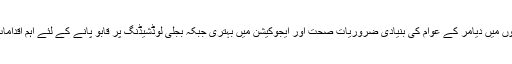
اپنے پانچ سالوں میں دیامر کے عوام کی بنیادی ضروریات صحت اور ایجوکیشن میں بہتری جبکہ بجلی لوڈشیڈنگ پر قابو پانے کے لئے اہم اقدامات اٹھائے ہیں۔